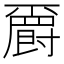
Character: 𱭆